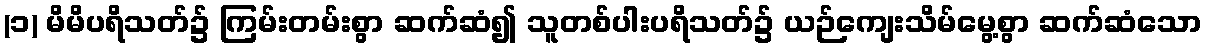
(၁) မိမိပရိသတ်၌ ကြမ်းတမ်းစွာ ဆက်ဆံ၍ သူတစ်ပါးပရိသတ်၌ ယဉ်ကျေးသိမ်မွေ့စွာ ဆက်ဆံသော